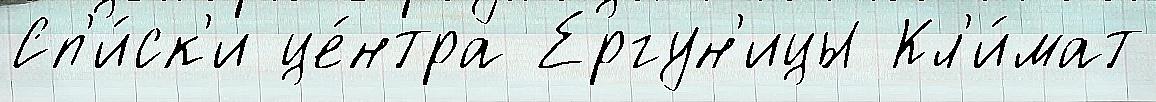
Сп'и́ск'и це́нтра Ергун'ицы Кл'и́мат